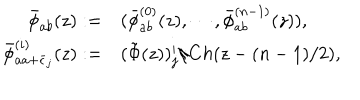
LaTeX: \begin{array} { r l } { { \bar { \phi } _ { a b } ( z ) : = } } & { { ( \bar { \phi } _ { a b } ^ { ( 0 ) } ( z ) , \cdots , \bar { \phi } _ { a b } ^ { ( n - 1 ) } ( z ) ) , } } \\ { { \bar { \phi } _ { a a + \bar { \epsilon } _ { j } } ^ { ( i ) } ( z ) : = } } & { { ( \tilde { \Phi } ( z ) ) _ { j } ^ { i } / C h ( z - ( n - 1 ) / 2 ) , } } \\ \end{array}